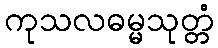
ကုသလဓမ္မသုတ္တံ